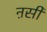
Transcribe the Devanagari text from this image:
ऩसी